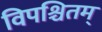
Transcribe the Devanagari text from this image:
विपश्चितम्